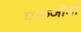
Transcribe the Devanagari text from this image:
एफजीबी